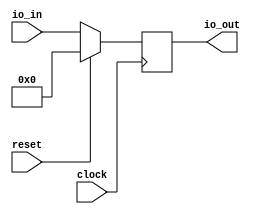
module PC(
  input         clock,
  input         reset,
  input  [31:0] io_in,
  output [31:0] io_out
);
  reg [31:0] reg_; // @[PC.scala 10:22]
  reg [31:0] _RAND_0;
  assign io_out = reg_; // @[PC.scala 12:12]
`ifdef RANDOMIZE_GARBAGE_ASSIGN
`define RANDOMIZE
`endif
`ifdef RANDOMIZE_INVALID_ASSIGN
`define RANDOMIZE
`endif
`ifdef RANDOMIZE_REG_INIT
`define RANDOMIZE
`endif
`ifdef RANDOMIZE_MEM_INIT
`define RANDOMIZE
`endif
`ifndef RANDOM
`define RANDOM $random
`endif
`ifdef RANDOMIZE_MEM_INIT
  integer initvar;
`endif
initial begin
  `ifdef RANDOMIZE
    `ifdef INIT_RANDOM
      `INIT_RANDOM
    `endif
    `ifndef VERILATOR
      `ifdef RANDOMIZE_DELAY
        #`RANDOMIZE_DELAY begin end
      `else
        #0.002 begin end
      `endif
    `endif
  `ifdef RANDOMIZE_REG_INIT
  _RAND_0 = {1{`RANDOM}};
  reg_ = _RAND_0[31:0];
  `endif // RANDOMIZE_REG_INIT
  `endif // RANDOMIZE
end
  always @(posedge clock) begin
    if (reset) begin
      reg_ <= 32'h0;
    end else begin
      reg_ <= io_in;
    end
  end
endmodule